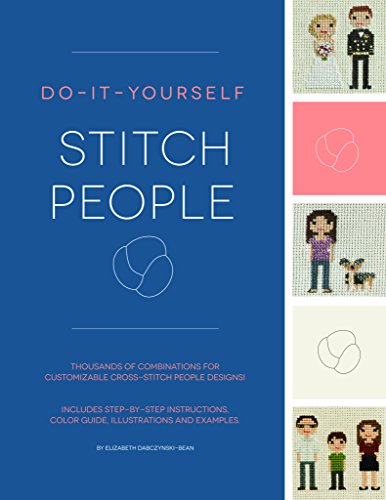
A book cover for Do-It-Yourself Stitch People; Elizabeth Dabczynski-Bean; Crafts, Hobbies & Home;